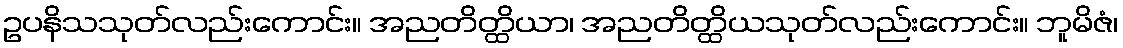
ဥပနိသသုတ်လည်းကောင်း။ အညတိတ္ထိယာ၊ အညတိတ္ထိယသုတ်လည်းကောင်း။ ဘူမိဇံ၊